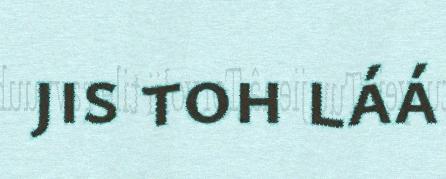
jis toh láá